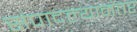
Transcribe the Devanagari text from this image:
संपादल्यानंतर